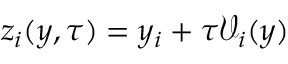
z _ { i } ( y , \tau ) = y _ { i } + \tau \mathcal { V } _ { i } ( y )